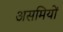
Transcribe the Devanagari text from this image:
असमियों